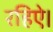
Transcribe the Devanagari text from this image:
रहिऐ।